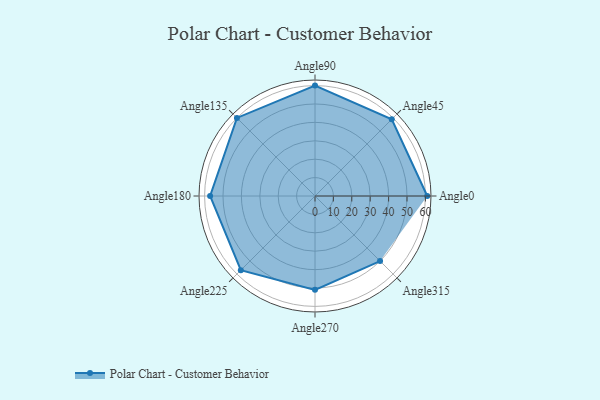
{"axis": {"x": "Angle", "y": "Radius"}, "legend": [""], "data": [{"x": "Angle0", "y": 61.0, "type": ""}, {"x": "Angle45", "y": 59.0, "type": ""}, {"x": "Angle90", "y": 60.0, "type": ""}, {"x": "Angle135", "y": 60.0, "type": ""}, {"x": "Angle180", "y": 57.0, "type": ""}, {"x": "Angle225", "y": 57.0, "type": ""}, {"x": "Angle270", "y": 51.0, "type": ""}, {"x": "Angle315", "y": 50, "type": ""}]}